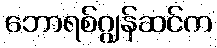
ဘောရစ်ဂျွန်ဆင်က